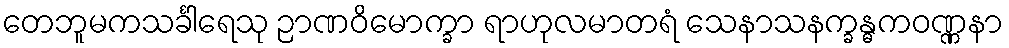
တေဘူမကသင်္ခါရေသု ဉာဏဝိမောက္ခာ ရာဟုလမာတရံ သေနာသနက္ခန္ဓကဝဏ္ဏနာ